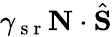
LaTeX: \gamma_{\mathrm{~s~r~}}\mathbf{N}\cdot\hat{\mathbf{S}}